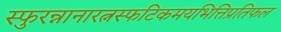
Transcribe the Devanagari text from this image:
स्फुरन्नानारत्नस्फटिकमयभित्तिप्रतिफल